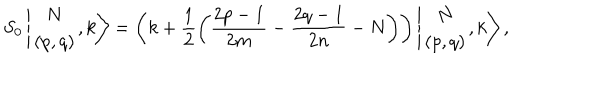
S _ { 0 } \left\vert \begin{array} { c } { { N } } \\ { { ( p , q ) } } \\ \end{array} , k \right> = \left( k + \displaystyle \frac { 1 } { 2 } \left( \frac { 2 p - 1 } { 2 m } - \frac { 2 q - 1 } { 2 n } - N \right) \right) \left\vert \begin{array} { c } { { N } } \\ { { ( p , q ) } } \\ \end{array} , k \right> ,